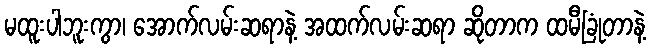
မထူးပါဘူးကွာ၊ အောက်လမ်းဆရာနဲ့ အထက်လမ်းဆရာ ဆိုတာက ထမီခြုံတာနဲ့